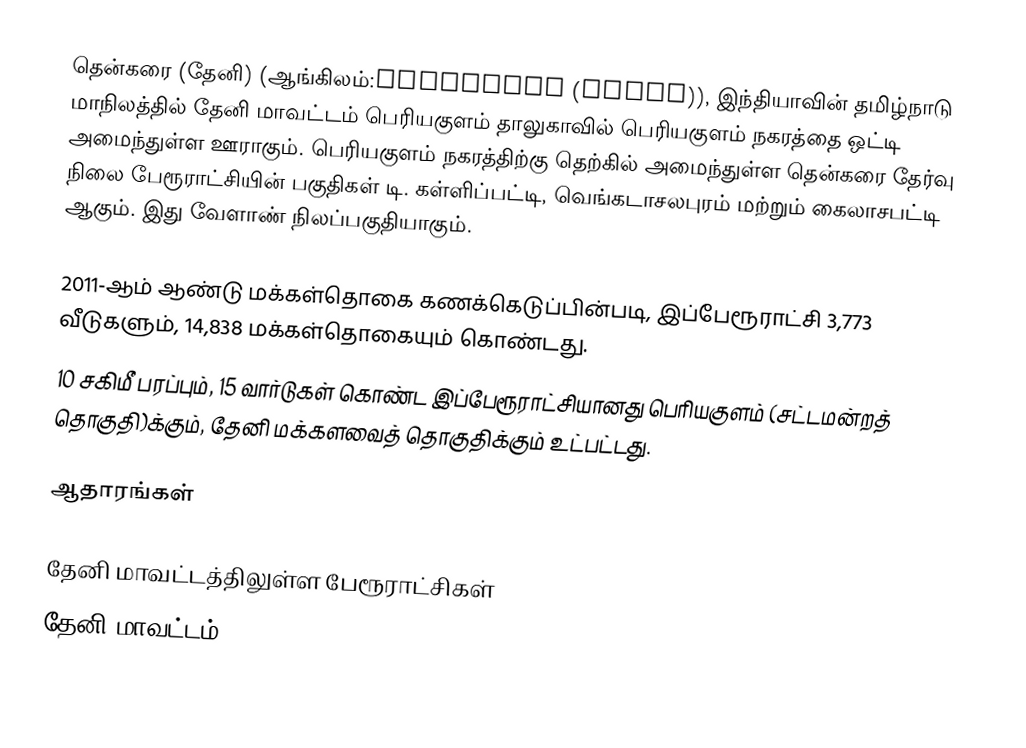
தென்கரை (தேனி) (ஆங்கிலம்:Thenkarai (Theni)), இந்தியாவின் தமிழ்நாடு மாநிலத்தில் தேனி மாவட்டம் பெரியகுளம் தாலுகாவில் பெரியகுளம் நகரத்தை ஒட்டி  அமைந்துள்ள ஊராகும். பெரியகுளம் நகரத்திற்கு தெற்கில் அமைந்துள்ள தென்கரை தேர்வு நிலை பேரூராட்சியின் பகுதிகள் டி. கள்ளிப்பட்டி, வெங்கடாசலபுரம் மற்றும் கைலாசபட்டி ஆகும். இது வேளாண் நிலப்பகுதியாகும்.

2011-ஆம் ஆண்டு மக்கள்தொகை கணக்கெடுப்பின்படி,   இப்பேரூராட்சி 3,773 வீடுகளும், 14,838 மக்கள்தொகையும் கொண்டது.
10 சகிமீ பரப்பும்,   15  வார்டுகள் கொண்ட இப்பேரூராட்சியானது பெரியகுளம் (சட்டமன்றத் தொகுதி)க்கும், தேனி மக்களவைத் தொகுதிக்கும் உட்பட்டது.

ஆதாரங்கள்

தேனி மாவட்டத்திலுள்ள பேரூராட்சிகள்
தேனி மாவட்டம்